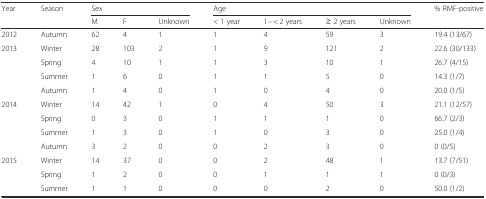
<table><thead><tr><td rowspan="2"><b>Year</b></td><td rowspan="2"><b>Season</b></td><td colspan="3"><b>Sex</b></td><td colspan="4"><b>Age</b></td><td><b>% RMF-positive</b></td></tr><tr><td><b>M</b></td><td><b>F</b></td><td><b>Unknown</b></td><td><b>&lt; 1 year</b></td><td><b>1– &lt; 2 years</b></td><td><b>≥ 2 years</b></td><td><b>Unknown</b></td><td></td></tr></thead><tbody><tr><td>2012</td><td>Autumn</td><td>62</td><td>4</td><td>1</td><td>1</td><td>4</td><td>59</td><td>3</td><td>19.4 (13/67)</td></tr><tr><td rowspan="4">2013</td><td>Winter</td><td>28</td><td>103</td><td>2</td><td>1</td><td>9</td><td>121</td><td>2</td><td>22.6 (30/133)</td></tr><tr><td>Spring</td><td>4</td><td>10</td><td>1</td><td>1</td><td>3</td><td>10</td><td>1</td><td>26.7 (4/15)</td></tr><tr><td>Summer</td><td>1</td><td>6</td><td>0</td><td>1</td><td>1</td><td>5</td><td>0</td><td>14.3 (1/7)</td></tr><tr><td>Autumn</td><td>1</td><td>4</td><td>0</td><td>1</td><td>0</td><td>4</td><td>0</td><td>20.0 (1/5)</td></tr><tr><td rowspan="4">2014</td><td>Winter</td><td>14</td><td>42</td><td>1</td><td>0</td><td>4</td><td>50</td><td>3</td><td>21.1 (12/57)</td></tr><tr><td>Spring</td><td>0</td><td>3</td><td>0</td><td>1</td><td>1</td><td>1</td><td>0</td><td>66.7 (2/3)</td></tr><tr><td>Summer</td><td>1</td><td>3</td><td>0</td><td>1</td><td>0</td><td>3</td><td>0</td><td>25.0 (1/4)</td></tr><tr><td>Autumn</td><td>3</td><td>2</td><td>0</td><td>0</td><td>2</td><td>3</td><td>0</td><td>0 (0/5)</td></tr><tr><td rowspan="3">2015</td><td>Winter</td><td>14</td><td>37</td><td>0</td><td>0</td><td>2</td><td>48</td><td>1</td><td>13.7 (7/51)</td></tr><tr><td>Spring</td><td>1</td><td>2</td><td>0</td><td>0</td><td>1</td><td>1</td><td>1</td><td>0 (0/3)</td></tr><tr><td>Summer</td><td>1</td><td>1</td><td>0</td><td>0</td><td>0</td><td>2</td><td>0</td><td>50.0 (1/2)</td></tr></tbody></table>